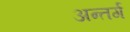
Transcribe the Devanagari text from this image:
अन्तर्ग